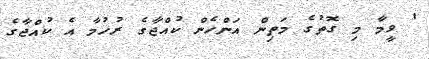
' ވީމާ މި ގޮތުގެ މަތިން އަންހެން ކުއްޖާގެ ރުހުމާ އެ ކުއްޖާގެ